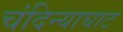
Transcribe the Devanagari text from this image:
चंदिन्याघाट